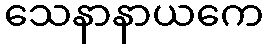
သေနာနာယကေ